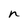
Character: n